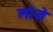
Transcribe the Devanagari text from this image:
लोज़े